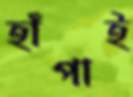
হাঁপাই